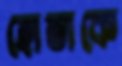
হোতাকে